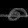
Digit: ၈